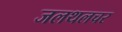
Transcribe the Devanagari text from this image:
जलथलचर